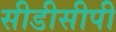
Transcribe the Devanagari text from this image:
सीडीसीपी